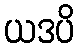
ယဒပိ